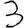
Digit: 3